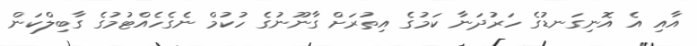
އާއި އެ އޮނިގަނޑުގެ ހަރުދަނާ ކަމުގެ އިތުރަށް ގާނޫނުގެ ހުކުމް ނެގެހެއްޓުމުގެ ގާބިލްކަން